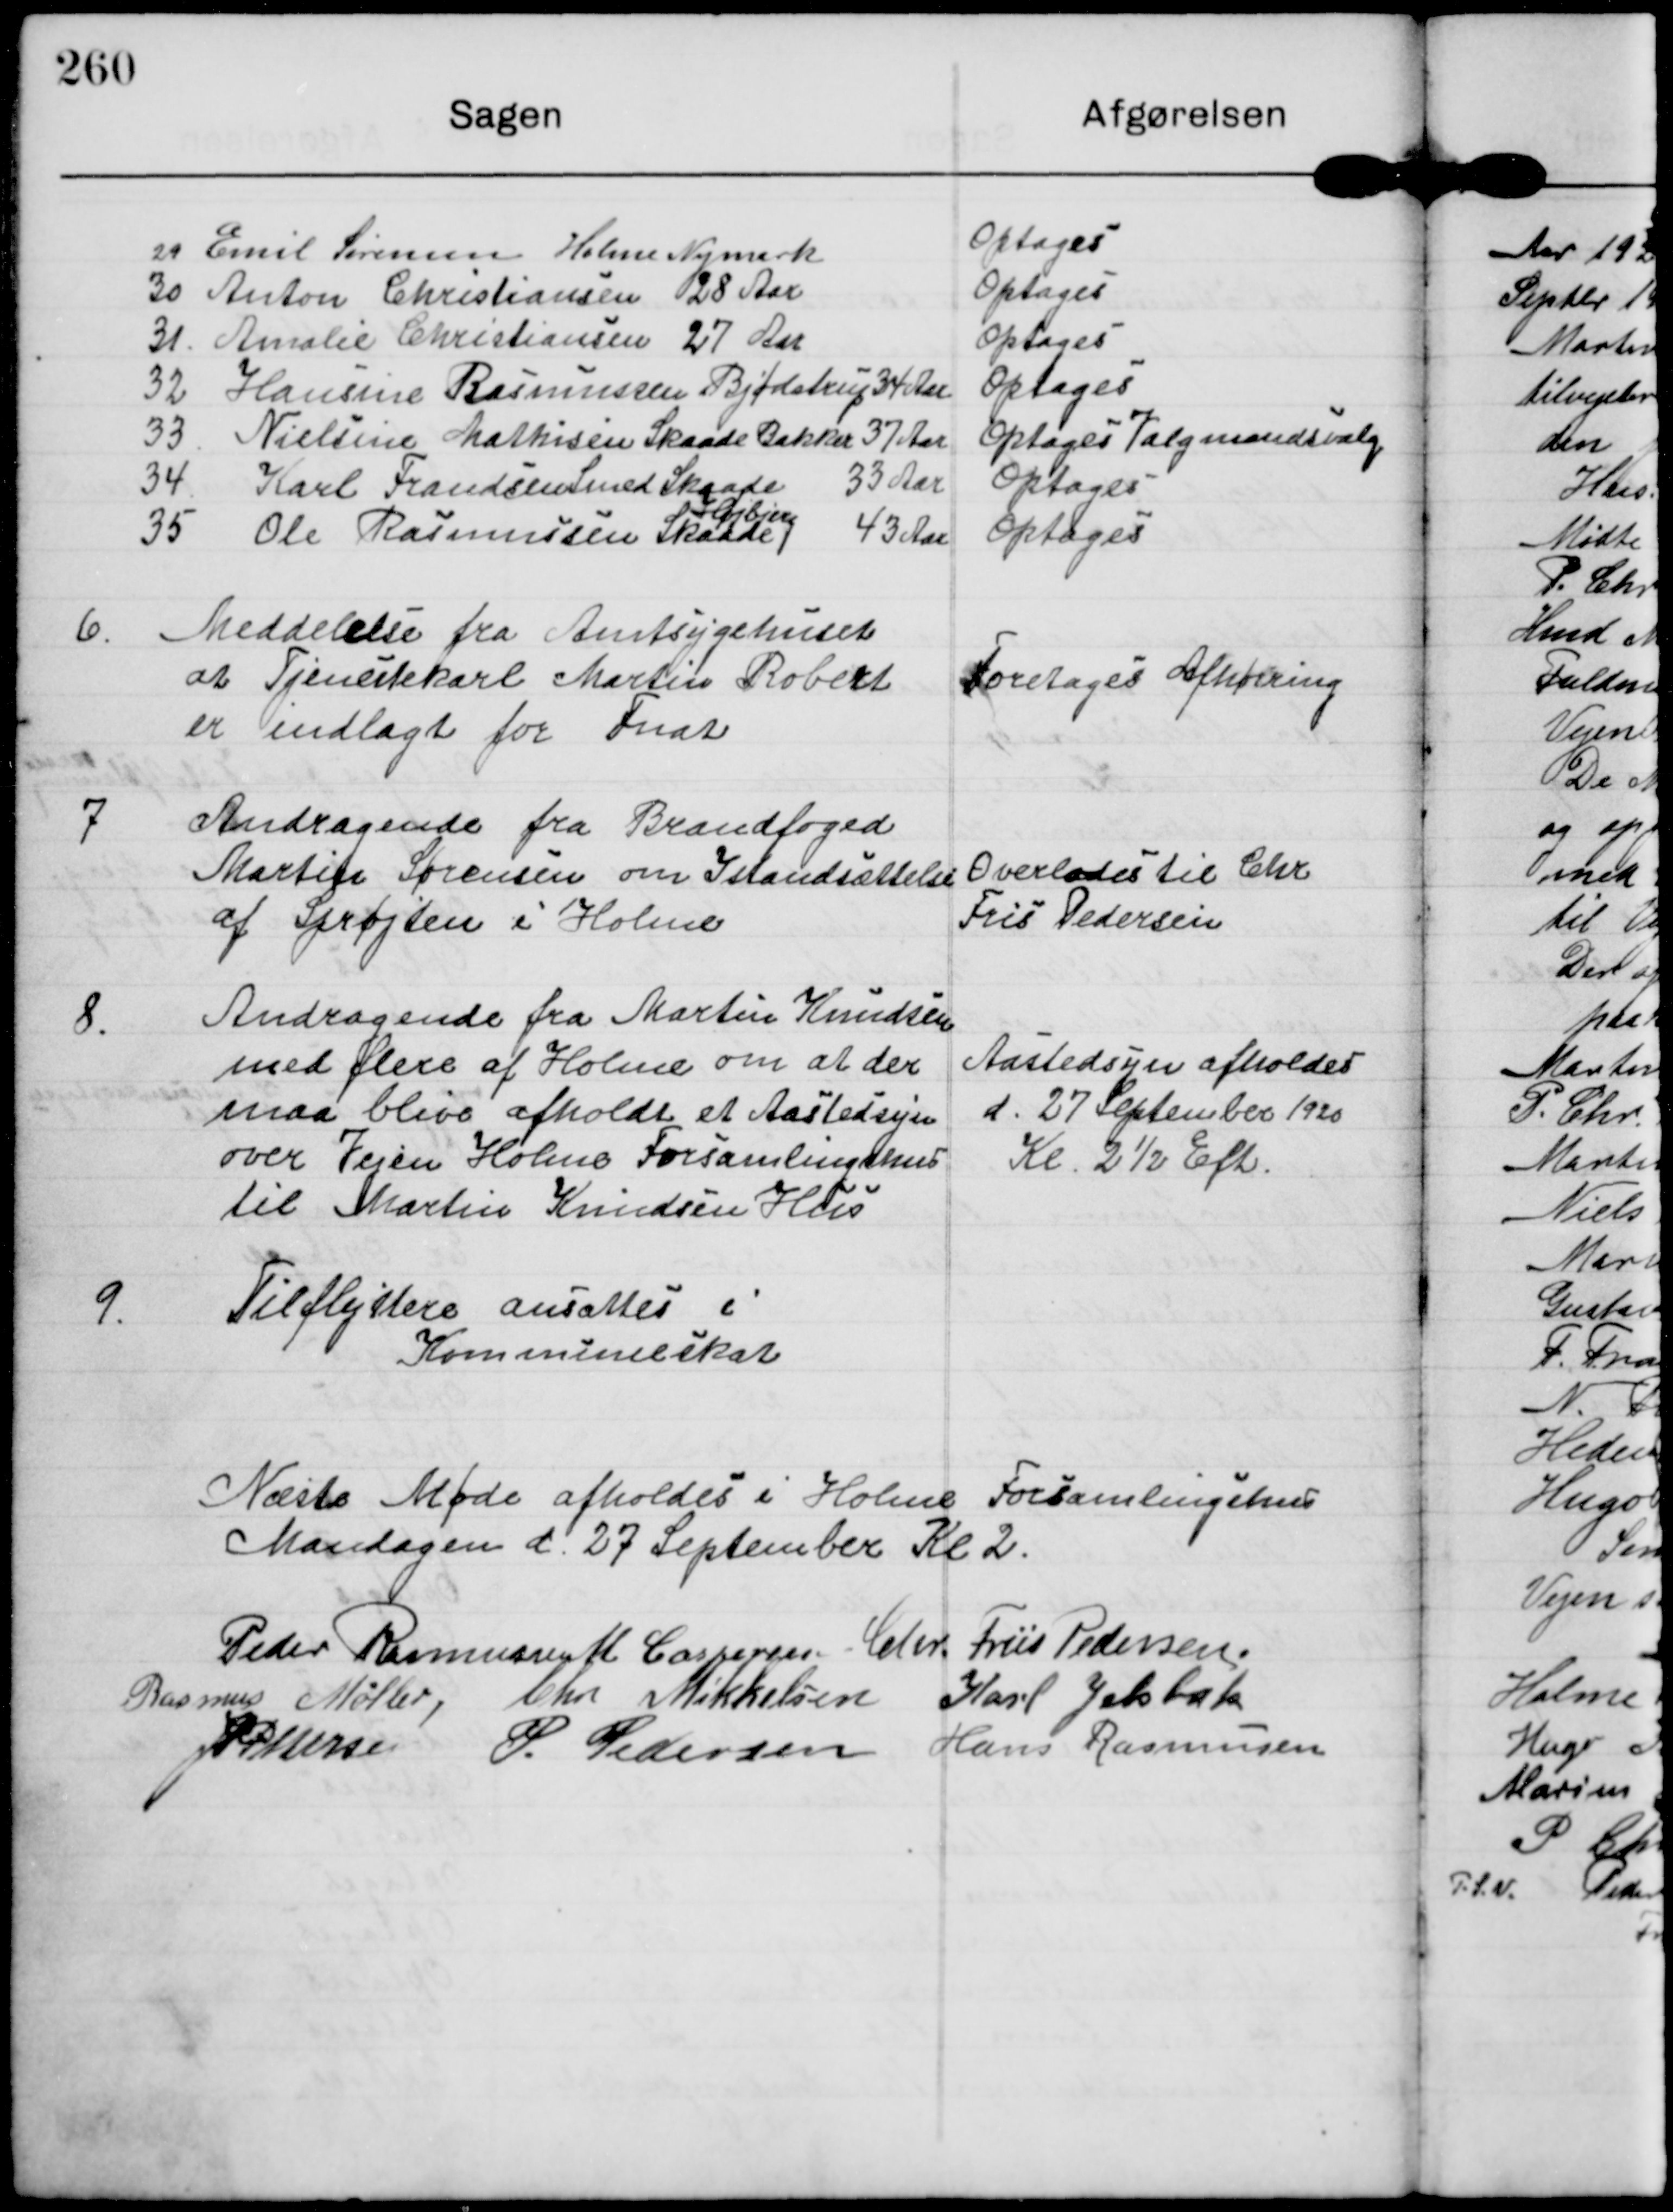
Transskription:
29 Emil Sørensen Holme Nymark
Optages
30 Anton Christiansen 28 Aar
Optages
31. Amalie Christiansen 27 Aar
Optages
32 Hansine Rasmussen Bjødstrup 34 Aar
Optages
33 Nielsine Mathisen Skaade Bakker 37 Aar
Optages Valgmandsvalg
34 Karl Frandsen Smed Skaade 33 Aar
Optages
35 Ole Rasmussen Skaade 43 Aar
Højbjerg
Optages

6.

Meddelelse fra Amtsygehuset
at Tjenestekarl Martin Robert
er indlagt for Fnat

Foretages Afhøring

7

Andragende fra Brandfoged
Martin Sørensen om Istandsættelse
af Sprøjten i Holme

Overlades til Chr
Fris Pedersen

8.

Andragende fra Martin Knudsen
med flere af Holme om at der
maa blive afholdt et Aastedssyn
over Vejen Holme Forsamlingshus
til Martin Knudsen Hus

Aastedsyn afholdes
d. 27 September 1920
Kl 2½ Eft.

9.

Tilflyttere ansattes i
Kommuneskat

Næste Møde afholdes i Holme Forsamlingshus
Mandagen d. 27 September Kl 2.

Peder Rasmussen M Casperen Chr. Friis Pedersen
Rasmus Møller, Chr Mikkelsen Karl Jeksbak
JP. Pedersen P. Pedersen Hans Rasmussen